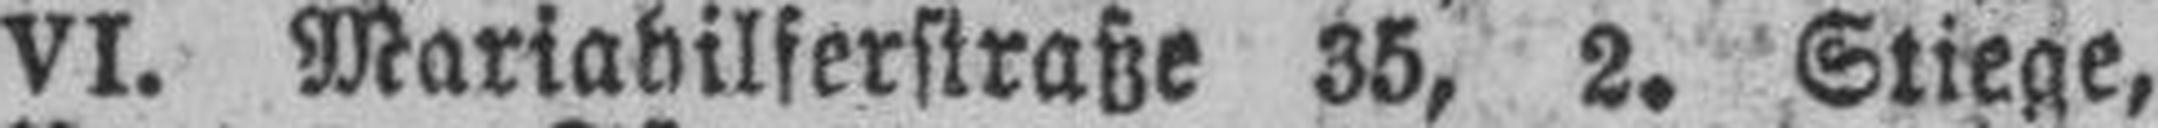
VI. Mariahilferstraße 35, 2. Stiege,